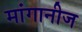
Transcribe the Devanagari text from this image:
मांगानीज